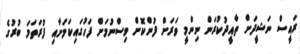
ރައީސް ނަޝީދަށް ތާއީދުކުރަން ނިންމީ ވަރަށް ފުންކޮށް ވިސްނުމަށް ފަހުގައިކަމަށާއި ފުރަތަމަ ބުރުގެ